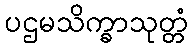
ပဌမသိက္ခာသုတ္တံ